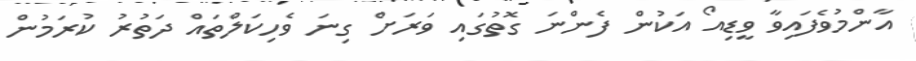
އާންމުވެފައިވާ ވީޑިއޯ އަކުން ފެންނަ ގޮތުގައި ވަރަށް ގިނަ ވެހިކަލްތައް ދަތުރު ކުރަމުން